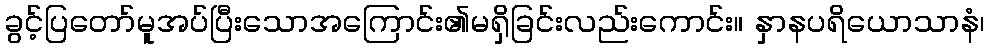
ခွင့်ပြတော်မူအပ်ပြီးသောအကြောင်း၏မရှိခြင်းလည်းကောင်း။ နှာနပရိယောသာနံ၊